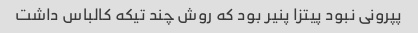
پپرونی نبود پیتزا پنیر بود که روش چند تیکه کالباس داشت